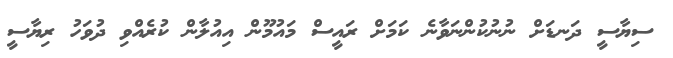
ސިޔާސީ ދަނޑަށް ނުނުކުންނަވާނެ ކަމަށް ރައީސް މައުމޫން އިއުލާން ކުރެއްވި ދުވަހު ރިޔާސީ